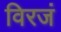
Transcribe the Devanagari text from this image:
विरजं